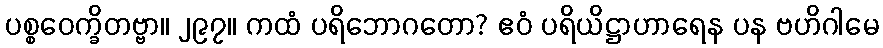
ပစ္စဝေက္ခိတဗ္ဗာ။ ၂၉၇။ ကထံ ပရိဘောဂတော? ဧဝံ ပရိယိဋ္ဌာဟာရေန ပန ဗဟိဂါမေ